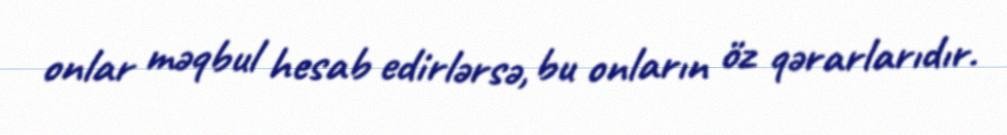
onlar məqbul hesab edirlərsə, bu onların öz qərarlarıdır.